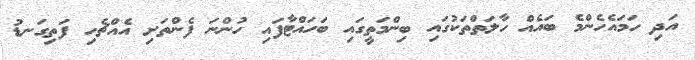
އަދި ހަމައެހެންމެ ބައެއް ހާލަތްތަކުގައި ބިންމަތީގައި ބަހައްޓާފައި ހުންނަ ފެންތަށި އެއްޗެހި ފަތިގަނޑު